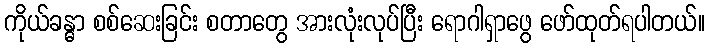
ကိုယ်ခန္ဓာ စစ်ဆေးခြင်း စတာတွေ အားလုံးလုပ်ပြီး ရောဂါရှာဖွေ ဖော်ထုတ်ရပါတယ်။